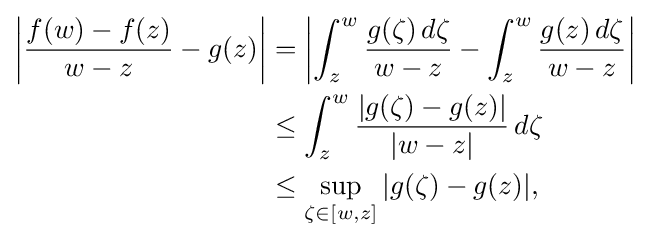
{\begin{aligned}\left|{\frac {f(w)-f(z)}{w-z}}-g(z)\right|&=\left|\int _{z}^{w}{\frac {g(\zeta )\,d\zeta }{w-z}}-\int _{z}^{w}{\frac {g(z)\,d\zeta }{w-z}}\right|\\&\leq \int _{z}^{w}{\frac {|g(\zeta )-g(z)|}{|w-z|}}\,d\zeta \\&\leq \sup _{\zeta \in [w,z]}|g(\zeta )-g(z)|,\end{aligned}}